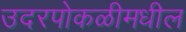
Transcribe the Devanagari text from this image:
उदरपोकळीमधील